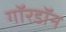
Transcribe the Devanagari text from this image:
गॉरडॉन